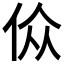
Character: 𬾀